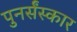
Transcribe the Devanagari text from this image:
पुनर्संस्कार